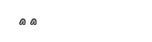
٣٥